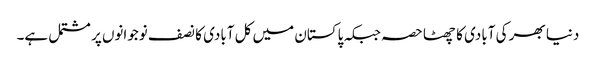
دنیا بھر کی آبادی کا چھٹا حصہ جبکہ پاکستان میں کل آبادی کا نصف نوجوانوں پر مشتمل ہے۔